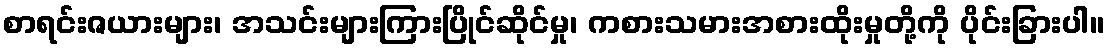
စာရင်းဇယားများ၊ အသင်းများကြားပြိုင်ဆိုင်မှု၊ ကစားသမားအစားထိုးမှုတို့ကို ပိုင်းခြားပါ။